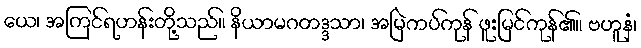
ယေ၊ အကြင်ရဟန်းတို့သည်။ နိယာမဂတဒ္ဒသာ၊ အမြဲကပ်ကုန် ဖူးမြင်ကုန်၏။ ဗဟူနံ၊